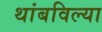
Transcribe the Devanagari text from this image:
थांबविल्या